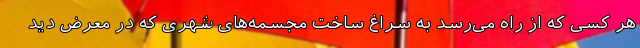
هر کسی که از راه می‌رسد به سراغ ساخت مجسمه‌های شهری که در معرض دید